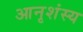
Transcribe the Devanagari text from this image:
आनृशंस्य